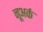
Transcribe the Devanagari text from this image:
नूअर्क